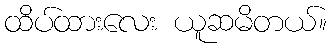
ထိပ်ထားလေး ယူဆမိတယ်။